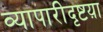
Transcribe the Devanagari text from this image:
व्यापारीदृष्टय़ा